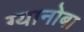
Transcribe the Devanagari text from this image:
ग्यानोबा